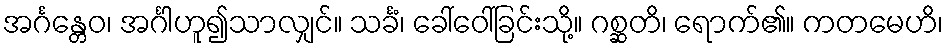
အင်္ဂန္တေဝ၊ အင်္ဂါဟူ၍သာလျှင်။ သင်္ခံ၊ ခေါ်ဝေါ်ခြင်းသို့။ ဂစ္ဆတိ၊ ရောက်၏။ ကတမေဟိ၊